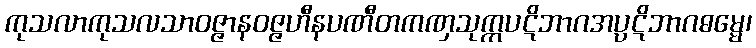
ကုသလာကုသလသာဝဇ္ဇာနဝဇ္ဇဟီနပဏီတကဏှသုက္ကပဋိဘာဂအပ္ပဋိဘာဂဓမ္မေ၊